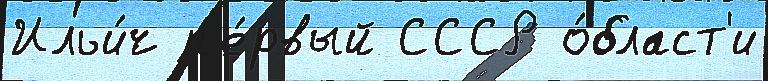
Ильи́ч п'е́рвый СССР о́бласт'и